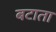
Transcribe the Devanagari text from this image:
बटाता